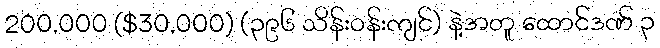
200,000 ($30,000) (၃၉၆ သိန်းဝန်းကျင်) နဲ့အတူ ထောင်ဒဏ် ၃